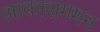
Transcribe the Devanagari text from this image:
आकाशगमन